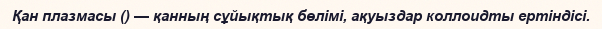
Қан плазмасы () — қанның сұйықтық бөлімі, ақуыздар коллоидты ертіндісі.